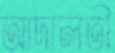
আদালতী